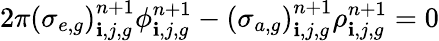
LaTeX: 2\pi\left(\sigma_{e,g}\right)_{\mathbf{i},j,g}^{n+1}\phi_{\mathbf{i},j,g}^{n+1}-\left(\sigma_{a,g}\right)_{\mathbf{i},j,g}^{n+1}\rho_{\mathbf{i},j,g}^{n+1}=0